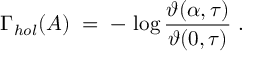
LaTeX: \Gamma _ { h o l } ( A ) \; = \; - \, \log \frac { \vartheta ( \alpha , \tau ) } { \vartheta ( 0 , \tau ) } \; .